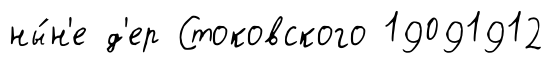
ны́н'е д'ер Стоковского 19091912